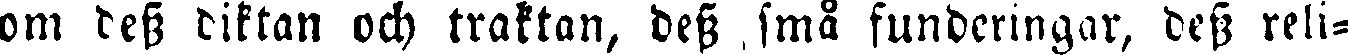
om dess diktan och traktan, dess små funderingar, dess reli-